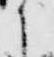
之